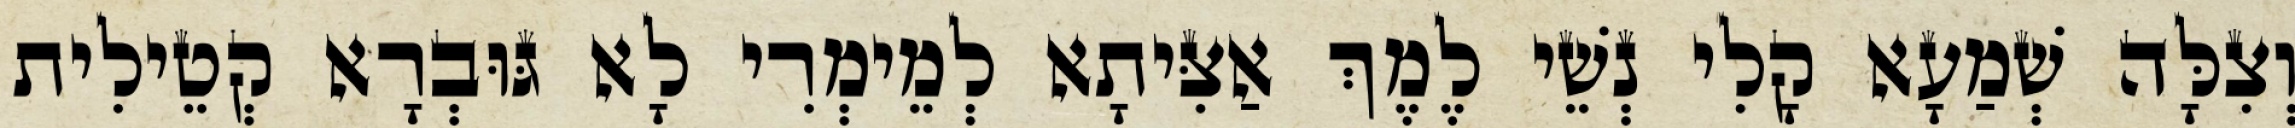
וְצִלָּה שְׁמַעָא קָלִי נְשֵׁי לֶמֶךְ אַצִּיתָא לְמֵימְרִי לָא גּוּבְרָא קְטֵילִית